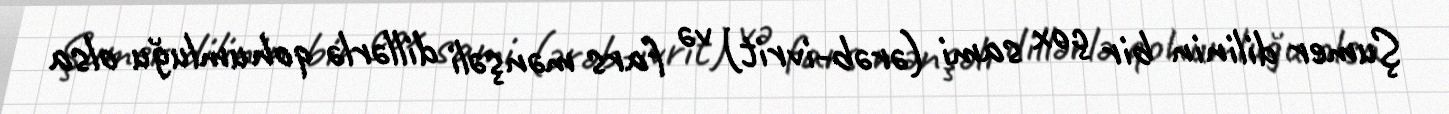
Şumer dilinin bir çox sami (ərəb-ivrit) və fars mənşəli dillərlə qohumluğu olsa